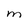
Character: M